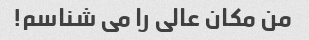
من مکان عالی را می شناسم!